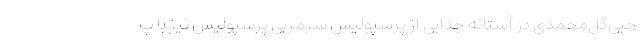
حیی‌گل‌محمدی در آستانه جدایی از پرسپولیس سرمربی پرسپولیس نیز با پ